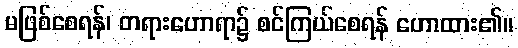
မဖြစ်စေရန်၊ တရားဟောရာ၌ စင်ကြယ်စေရန် ဟောထား၏။